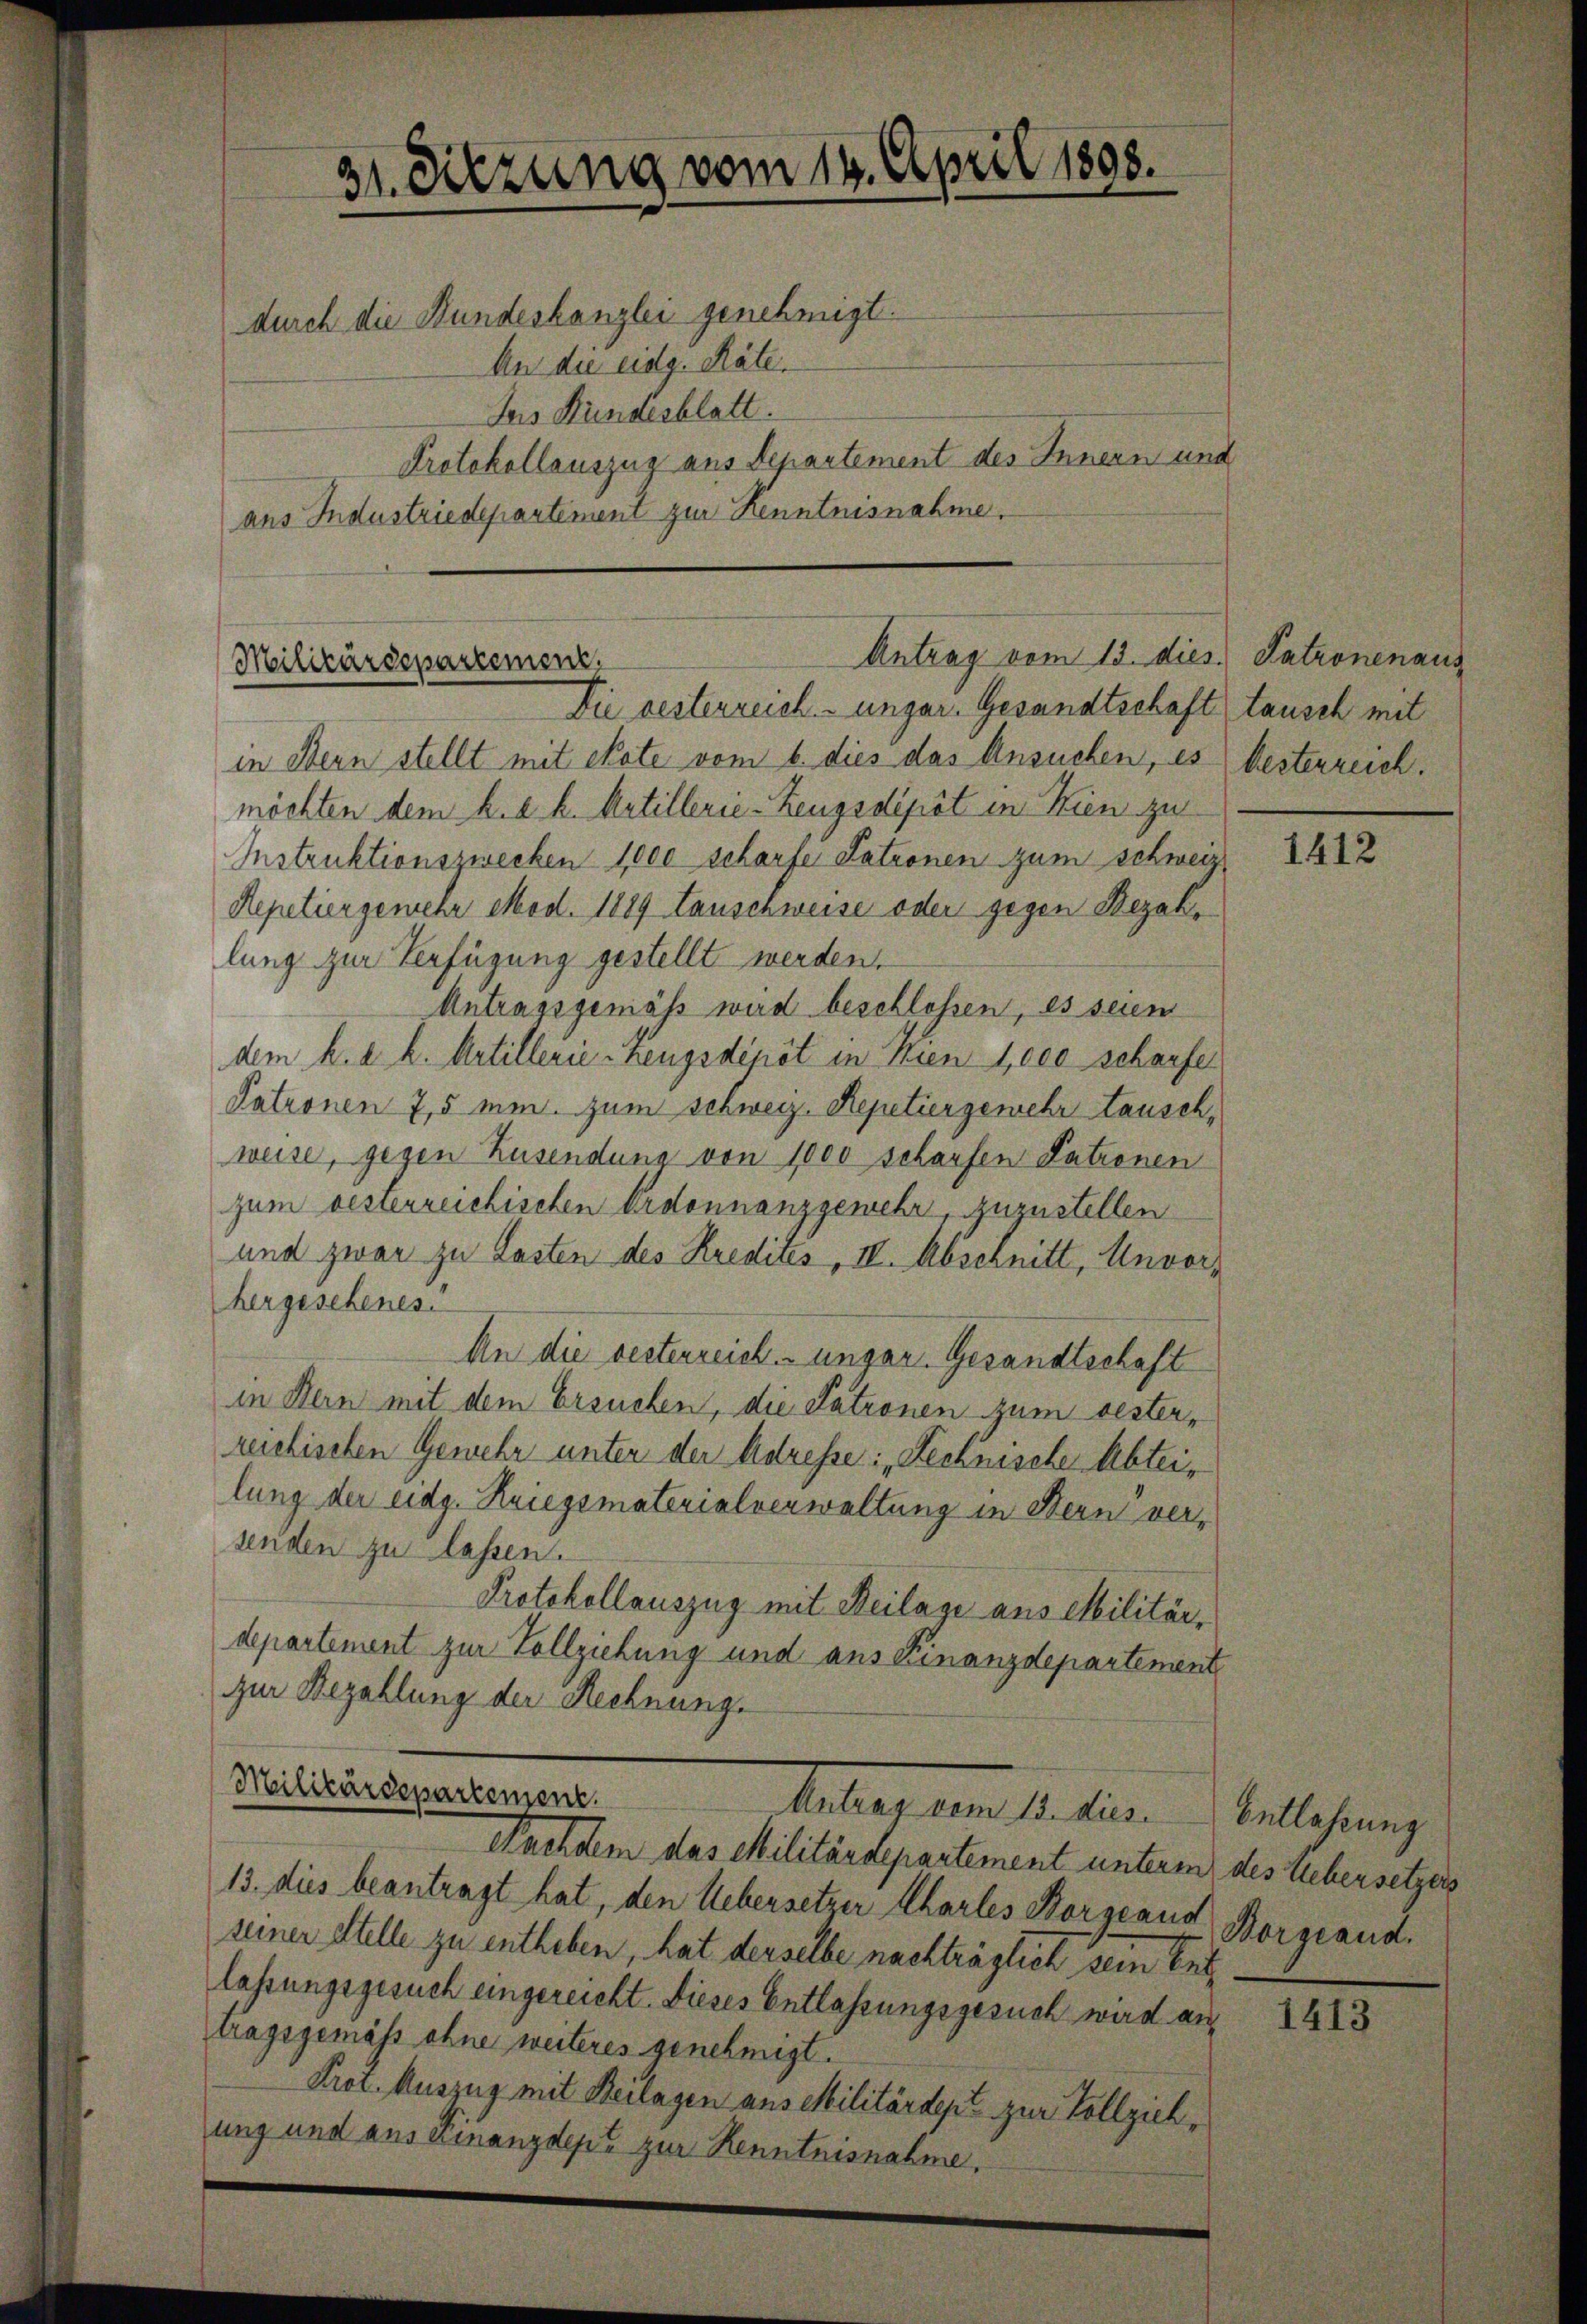
31. Diezung vom 14. April 1893.
durch die Bundeskanzlei genehmigt.
An die eidg. Räte.
Ius Bundesblatt.
Protokollauszug aus Departement des Innern und
ans Industriedepartement zur Kenntnisnahme.

Antrag vom 13. dies. Patronenaus
Militärdepartement,
Die besterreich. ungar. Gesandtschaft tausch mit

in Bern stellt mit Note vom 6. dies das Ansuchen, es besterreich.
möchten dem k. k. k. Artillerie-Zeugsdipöt in Kien zu
Instruktionszwecken 1000 scharfe Patronen zum Schweiz.
Repetiergemehr Mod. 1889 tauschweise oder gegen Bezahlung zur Verfügung gestellt werden.
Antragsgemäss wird beschlossen, es seien
dem k. a. h. Artillerie-Zeugsdépôt in Wien 1,000 scharfe
Patronen 7,5 min. Zum Schweiz. Repetiergewehr tausch,
weise, gegen Zusendung von 1000 scharfen Patronen
zum besterreichischen Ordonnanzgewehr, zuzustellen
und zwar zu Lasten des Kredites, II. Abschnitt, Unvorhergeschenes.
An die besterreich unger. Gesandtschaft
in Bern mit dem Ersuchen, die Patronen zum besterreichischen Gewehr unter der Adresse: „Rechnische Abteilung der eidg. Kriegsmaterialverwaltung in Stern versenden zu lassen.
Protokollauszug mit Beilage aus Militärdepartement zur Vollziehung und aus Finanzdepartement
zur Bezahlung der Rechnung.

Militärdepartement.
elle, dem 1. den

Nachdem das Militärdepartement unterm des Uebersetzers
13. dies beantragt hat, den Uebersetzer Charles Borgeand
seiner Stelle zu entheben, hat derselbe nachträglich sein Entlassungsgesuch eingereicht. Dieses Entlassungsgesuch wird antragsgemäss ohne weiteres genehmigt.
Prot. Auszug mit Beilagen aus Militärdept zur Vollziehung und aus Finanzdept zur Kenntnisnahme.

1412

Entlassung
Borgeaud.

1413